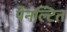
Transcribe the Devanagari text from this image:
पेनल्टित